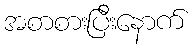
အစာစားပြီးနောက်